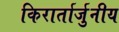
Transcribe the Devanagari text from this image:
किरार्तार्जुनीय